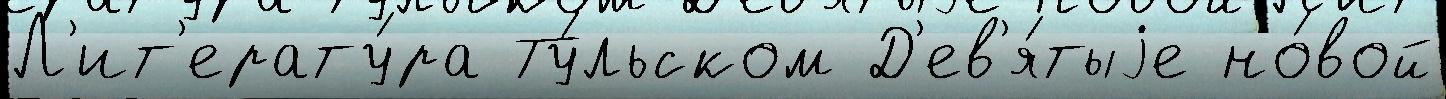
Л'ит'ерату́ра Ту́льском Д'ев'я́тыjе но́вой